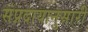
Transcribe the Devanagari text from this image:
संप्रदायानुसारी